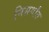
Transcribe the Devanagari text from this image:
निसर्गांत